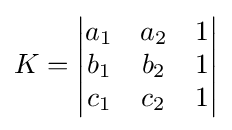
K=\left|{\begin{matrix}a_{1}&a_{2}&1\\b_{1}&b_{2}&1\\c_{1}&c_{2}&1\end{matrix}}\right|